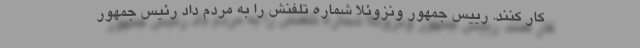
کار کنند. رییس جمهور ونزوئلا شماره تلفنش را به مردم داد رئیس جمهور